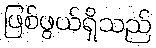
ဖြစ်ဖွယ်ရှိသည်